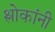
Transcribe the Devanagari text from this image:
श्लोकांनी